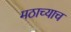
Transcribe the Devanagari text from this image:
मठाच्याच